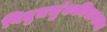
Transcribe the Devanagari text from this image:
विद्युतचुंबकीयत्वाचा